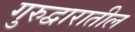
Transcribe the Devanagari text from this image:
गुरुद्वारातील